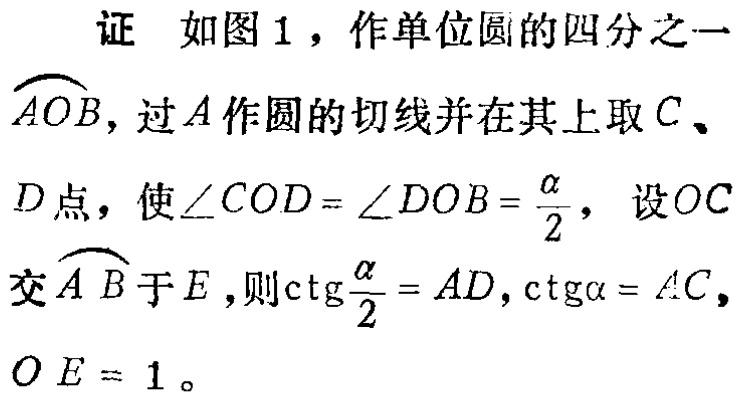
证 如图1，作单位圆的四分之一$\overset{\frown}{AOB}$，过$A$作圆的切线并在其上取$C$、$D$点，使$\angle COD = \angle DOB=\frac{\alpha}{2}$，设$OC$交$\overset{\frown}{AB}$于$E$，则$\mathrm{ctg}\frac{\alpha}{2}=AD$，$\mathrm{ctg}\alpha = AC$，$OE = 1$。